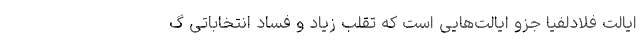
ایالت فلادلفیا جزو ایالت‌هایی است که تقلب زیاد و فساد انتخاباتی گ